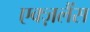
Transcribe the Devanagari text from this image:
एक्ज़लैंस